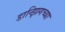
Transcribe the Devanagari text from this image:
डान्झिगच्या